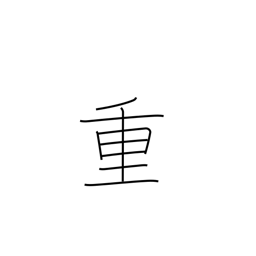
Meaning: important